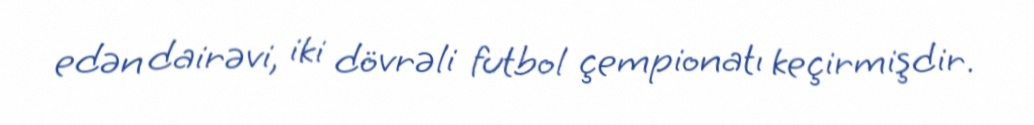
edən dairəvi, iki dövrəli futbol çempionatı keçirmişdir.